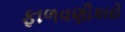
ફાળવણીકારો